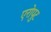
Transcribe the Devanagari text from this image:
एरोपुट